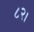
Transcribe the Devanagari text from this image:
८२।